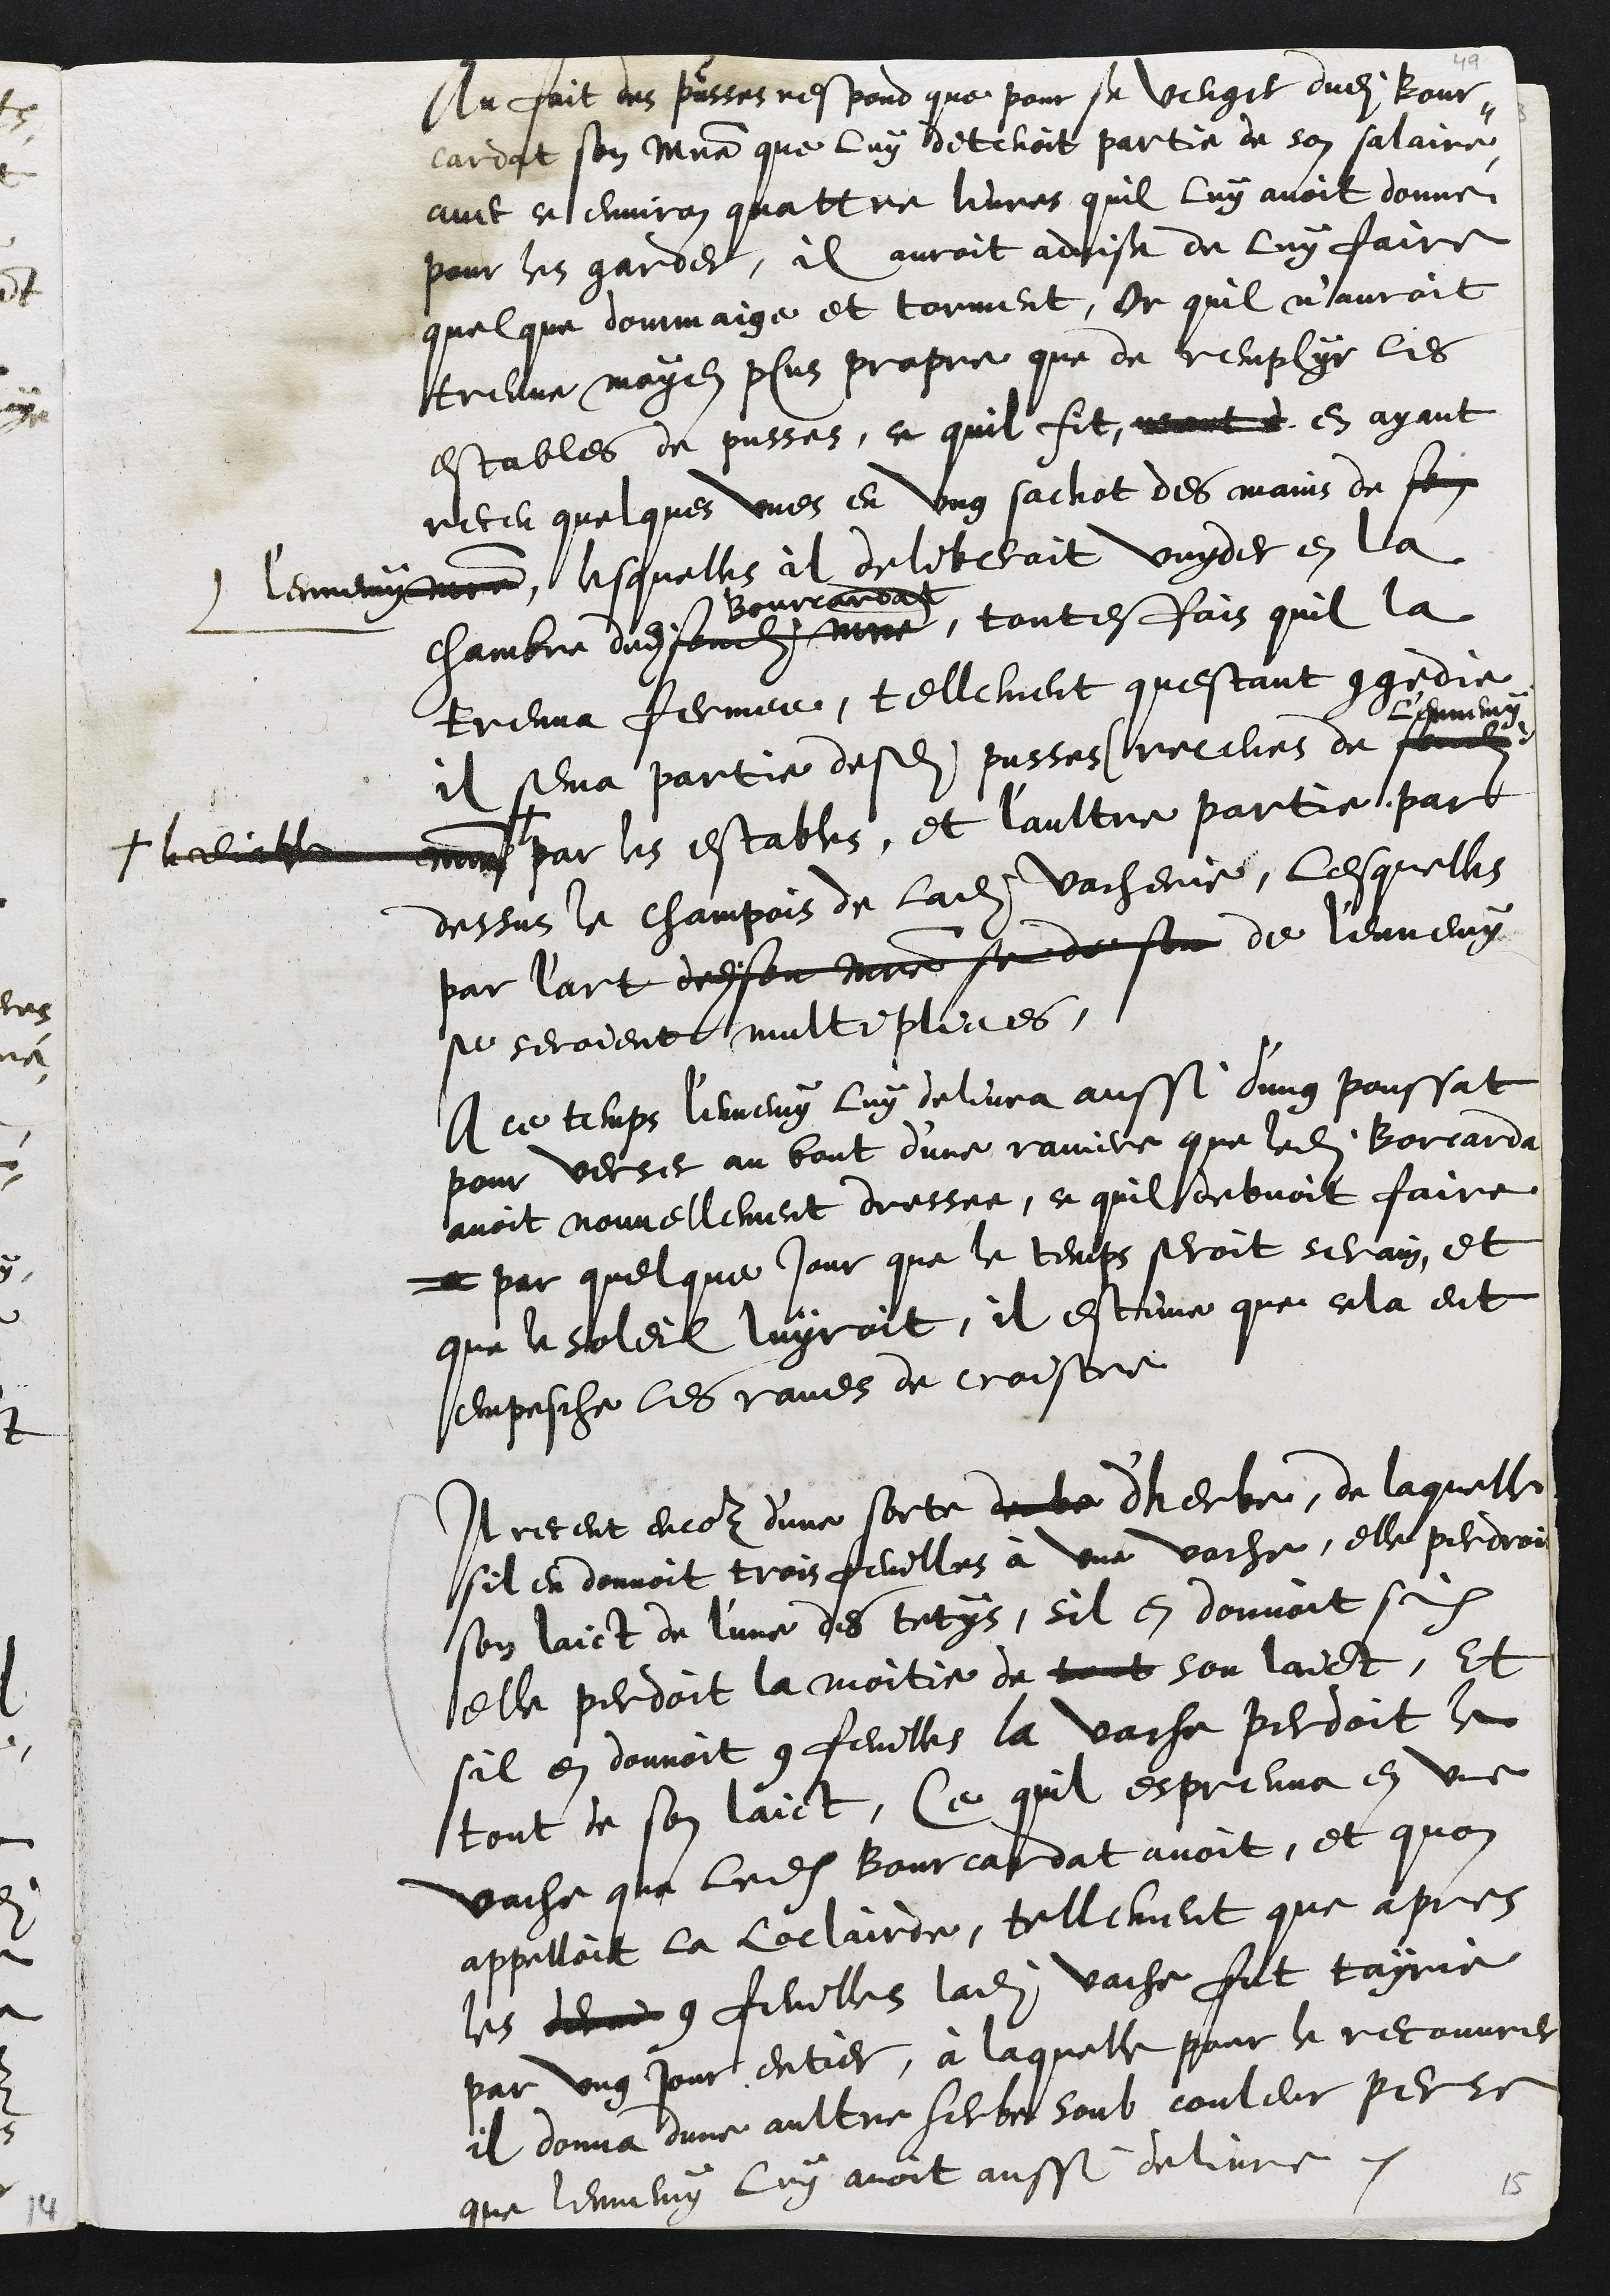
Au fait des pusses respond que pour se venger dudit Bour-
cardat son maitre que luy detenoit partie de son salairre
avec ce environ quattre livres quil luy avoit donné
pour les garder, il auroit advise de luy faire
quelque dommaige et torment, Or quil n'auroit
treuve moyen plus propre que de remplyr les
estables de pusses, ce quil fit, mont en ayant
receu quelques une en ung sachot des mains de son
l'ennemy maistre, lesquelles il deliberoit vuyder en la
chambre dudit sondit maitre
Bourcardat
toutesfois quil la
treuva fermee, tellement questant congedie
il sema partie desdites pusses receues de sondit
l'ennemy
maitre +
+ le diable
par les estables, et l'aultre partie par
dessus le champois de ladite vacherie, lesquelles
par l'art dudit son maistre se de son de l'ennemy
se seroient multipliees
A ce temps l'ennemy luy delivra aussi d'ung poussat
pour verser au bout d'une raviere que ledit Borcarda
avoit nouvellement dressee, ce quil debvoit faire
a par quelque jour que le temps seroit serain, et
que le soleil luyroit, il estime que cela eut
empesche les raves de croistre
Il receut encor d'une sorte de le dherbe, de laquelle
sil en donnoit trois feuilles à une vache, elle perdroit
son laict de l'une des tetys, sil en donnoit six
elle perdoit la moitie de tout son laict, Et
sil en donnoit 9 feuilles la vache perdoit le
tout de son laict, Ce quil espreuva en une
vache que ledit Bourcadat avoit, et quon
appelloit la Loclairde, tellement que apres
les derne 9 feuilles ladite vache fut tayrie
par ung jour entier, à laquelle pour le recouvrer
il donna dune aultre herbe soub couleur perse
que lennemy luy avoit aussi delivre.